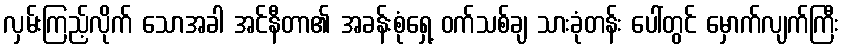
လှမ်းကြည့်လိုက် သောအခါ အင်နီတာ၏ အခန်းစုံရှေ့ ဝက်သစ်ချ သားခုံတန်း ပေါ်တွင် မှောက်လျက်ကြီး